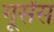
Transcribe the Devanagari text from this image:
गूसेंस